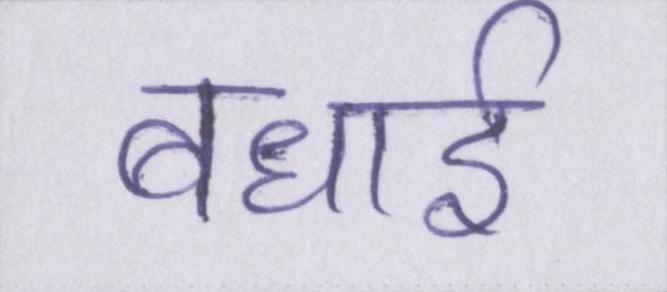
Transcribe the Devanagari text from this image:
बधाई